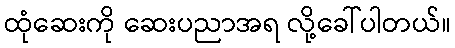
ထုံဆေးကို ဆေးပညာအရ လို့ခေါ်ပါတယ်။